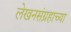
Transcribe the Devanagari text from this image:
लेखनसंग्रहाच्या